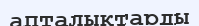
апталықтарды